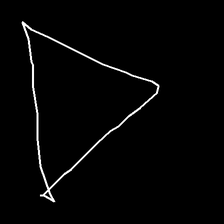
Glyph: convergence